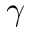
\gamma